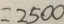
= 2 5 0 0